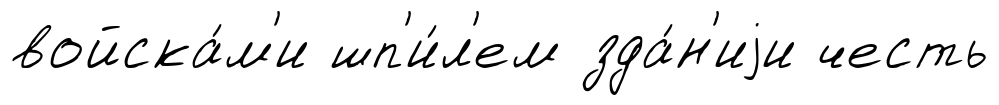
войска́м'и шп'и́л'ем зда́н'иjи честь